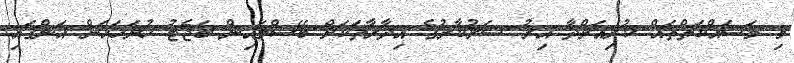
މި މަސައްކަތްތައް ކުރިއަށްދާ އިރު ސަރުކާރުގެ އިދާރާތަކަށް ބޭސްލައިން ބަޖެޓު ހުށަހަޅަން އަންގައި